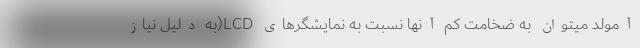
آمولد میتوان به ضخامت کم آنها نسبت به نمایشگرهای LCD(به دلیل نیاز